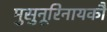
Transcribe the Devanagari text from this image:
मुसुनूरिनायकौ